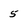
Character: 5